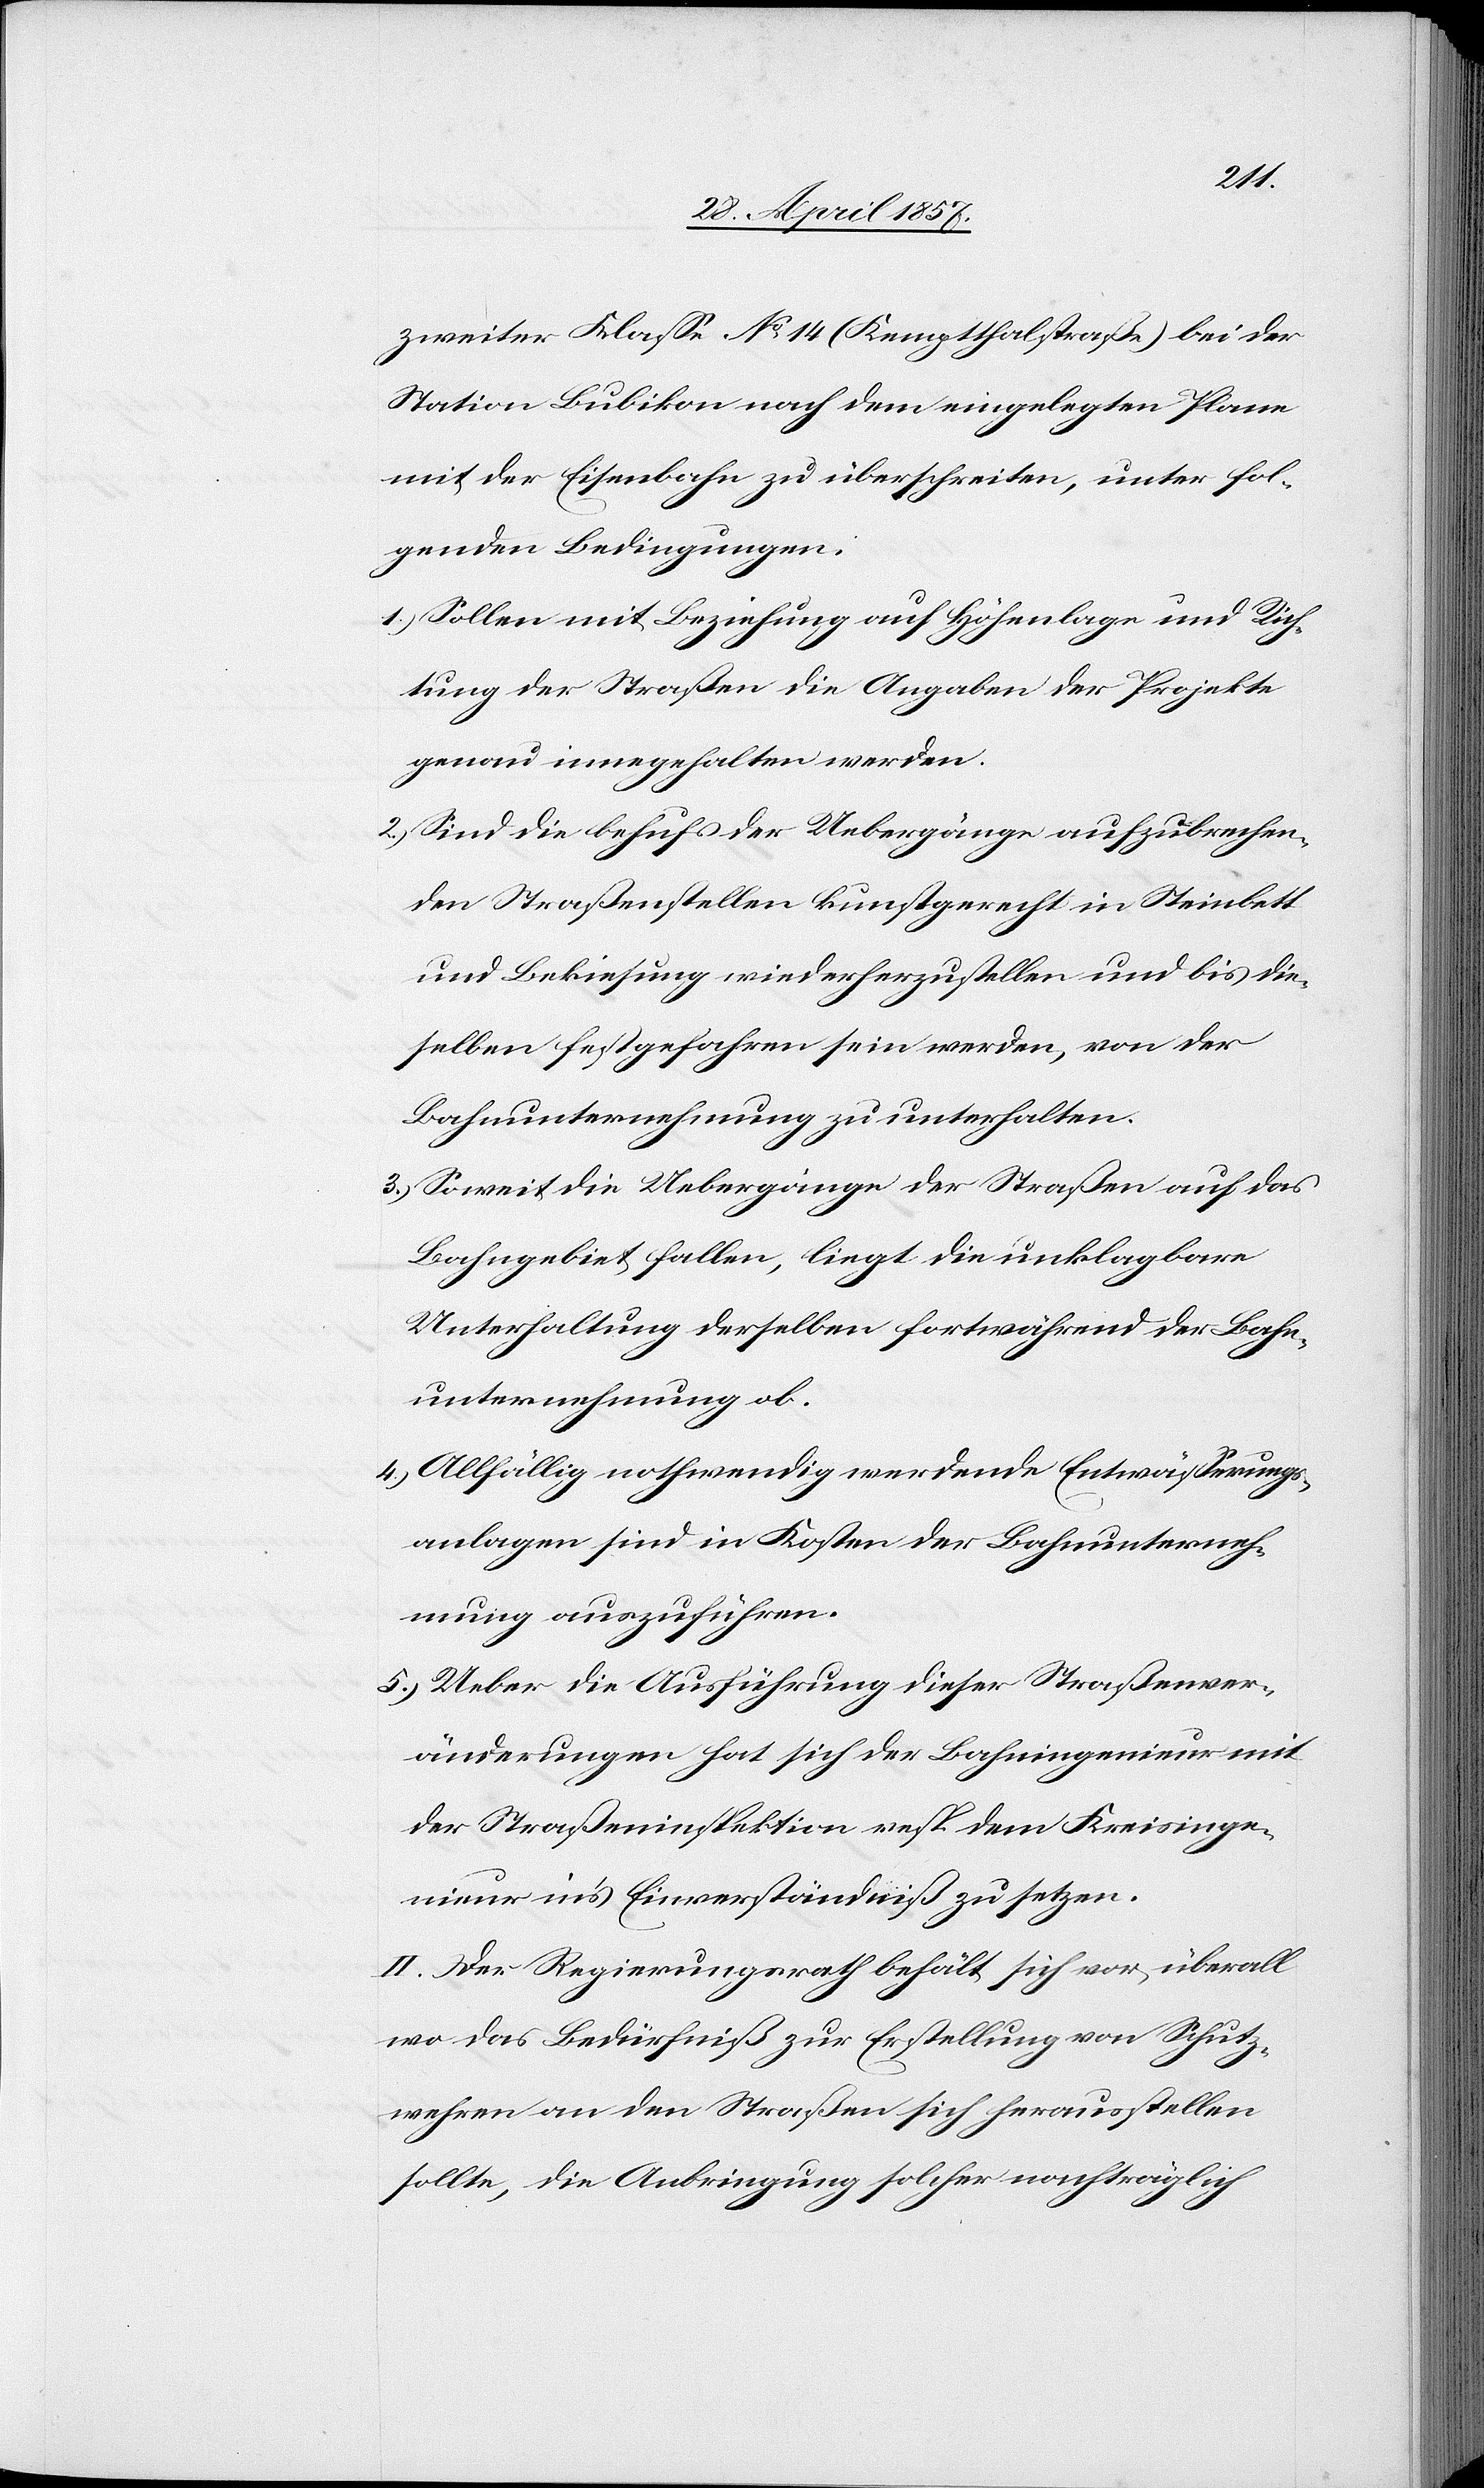
zweiter Klasse No 14 (Kemptthalstraße) bei der
Station Bubikon nach dem eingelegten Plane
mit der Eisenbahn zu überschreiten, unter fol¬
genden Bedingungen:
1.) Sollen mit Beziehung auf Höhenlage und Rich¬
tung der Straßen die Angaben der Projekte
genau innegehalten werden.
2.) Sind die behufs der Uebergänge aufzubrechen¬
den Straßenstellen kunstgerecht in Steinbett
und Bekiesung wiederherzustellen und bis die¬
selben festgefahren sein werden, von der
Bahnunternehmung zu unterhalten.
3.) Soweit die Uebergänge der Straßen auf das
Bahngebiet fallen, liegt die unklagbare
Unterhaltung derselben fortwährend der Bahn¬
unternehmung ob.
4.) Allfällig nothwendig werdende Entwässerungs¬
anlagen sind in Kosten der Bahnunterneh¬
mung auszuführen.
5.) Ueber die Ausführung dieser Straßenver¬
änderungen hat sich der Bahningenieur mit
der Straßeninspektion resp. dem Kreisinge¬
nieur in’s Einverständniß zu setzen.
II. Der Regierungsrath behält sich von überall
wo das Bedürfniß zur Erstellung von Schutz¬
wehren an den Straßen sich herausstellen
sollte, die Anbringung solcher nachträglich